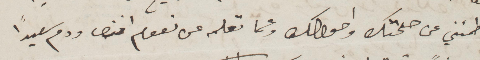
طمنني عن صحتك واحوالك وعما تعمله عن نعوم افندي ودم سعيدًأ